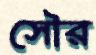
সৌর